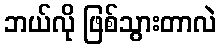
ဘယ်လို ဖြစ်သွားတာလဲ